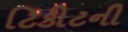
ટિકીટની